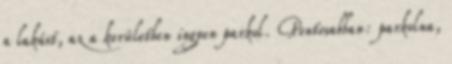
a lakást, az a kerületben ingyen parkol. Pontosabban: parkolna,